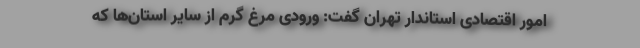
امور اقتصادی استاندار تهران گفت: ورودی مرغ گرم از سایر استان‌ها که